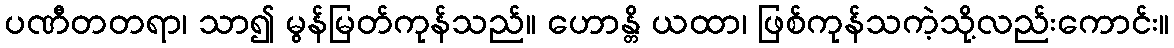
ပဏီတတရာ၊ သာ၍ မွန်မြတ်ကုန်သည်။ ဟောန္တိ ယထာ၊ ဖြစ်ကုန်သကဲ့သို့လည်းကောင်း။